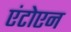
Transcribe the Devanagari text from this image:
एंटोएन